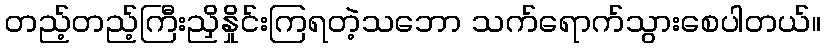
တည့်တည့်ကြီးညှိနှိုင်းကြရတဲ့သဘော သက်ရောက်သွားစေပါတယ်။